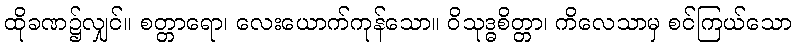
ထိုခဏ၌လျှင်။ စတ္တာရော၊ လေးယောက်ကုန်သော။ ဝိသုဒ္ဓစိတ္တာ၊ ကိလေသာမှ စင်ကြယ်သော